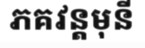
ភគវន្តមុនី